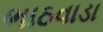
ભાઠવાડા